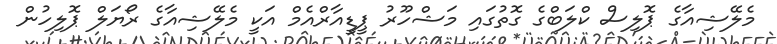
މެލޭޝިއާގެ ޕޮލިސް ކްލަބްގެ ގޮތުގައި މަޝްހޫރު ޕީޑީއާރްއެމް އަކީ މެލޭޝިއާގެ ރޯޔަލް ޕޮލިހުން